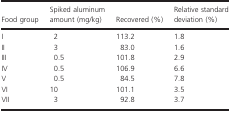
| Food group | Spiked aluminum amount (mg/kg) | Recovered (%) | Relative standard deviation (%) |
 | --- | --- | --- | --- |
 | I | 2 | 113.2 | 1.8 |
 | II | 3 | 83.0 | 1.6 |
 | III | 0.5 | 101.8 | 2.9 |
 | IV | 0.5 | 106.9 | 6.6 |
 | V | 0.5 | 84.5 | 7.8 |
 | VI | 10 | 101.1 | 3.5 |
 | VII | 3 | 92.8 | 3.7 |